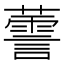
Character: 𱾳